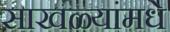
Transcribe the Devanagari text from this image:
साखळ्यांमधे